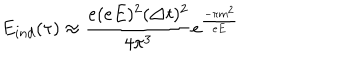
E _ { i n d } ( \tau ) \approx \frac { e ( e E ) ^ { 2 } ( \triangle t ) ^ { 2 } } { 4 \pi ^ { 3 } } e ^ { \frac { - \pi m ^ { 2 } } { e E } }